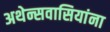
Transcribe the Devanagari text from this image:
अथेन्सवासियांना